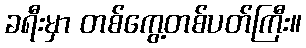
ခရီးမှာ တစ်ကွေ့တစ်ပတ်ကြီး။